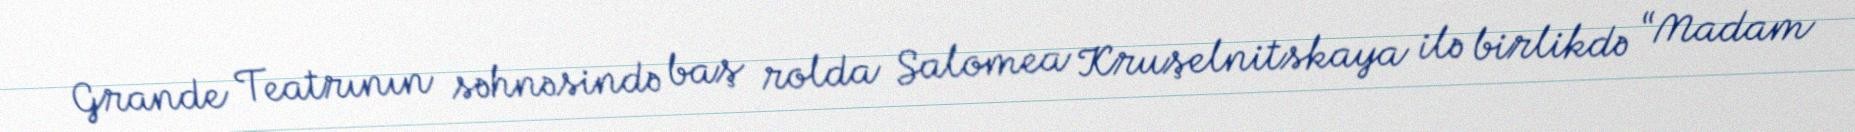
Grande Teatrının səhnəsində baş rolda Salomea Kruşelnitskaya ilə birlikdə “Madam